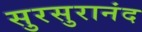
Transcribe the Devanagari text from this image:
सुरसुरानंद